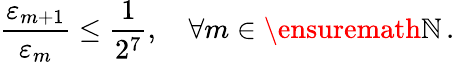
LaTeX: \frac{\varepsilon_{m+1}}{\varepsilon_{m}}\leq\frac 1{2^{7}},\quad\forall m\in\ensuremath{\mathbb{N}}\, .